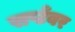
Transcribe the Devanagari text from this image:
सप्टँबर